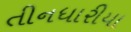
તીનધારીયા